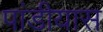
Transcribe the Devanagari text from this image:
पांडीयास